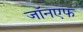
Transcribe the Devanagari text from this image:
जॉनएफ